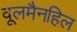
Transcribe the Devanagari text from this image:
वूलमैनहिल